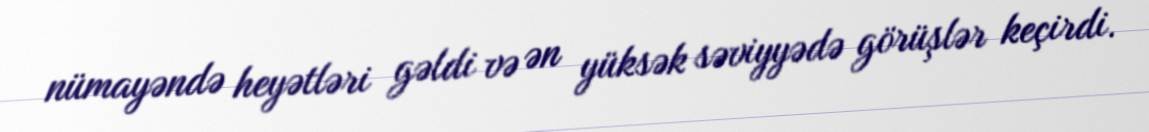
nümayəndə heyətləri gəldi və ən yüksək səviyyədə görüşlər keçirdi.